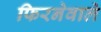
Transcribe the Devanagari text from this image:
फिरनेवाले